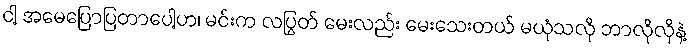
ငါ့ အမေပြောပြတာပေါ့ဟ၊ မင်းက လပြွတ် မေးလည်း မေးသေးတယ် မယုံသလို ဘာလိုလိုနဲ့